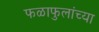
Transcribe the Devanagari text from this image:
फळाफुलांच्या